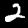
Digit: 2